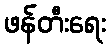
ဖန်တီးရေး